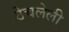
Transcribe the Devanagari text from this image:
ठेचलेली